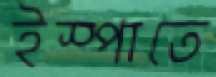
ইস্পাতে